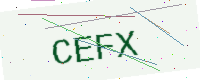
Text: CEFX